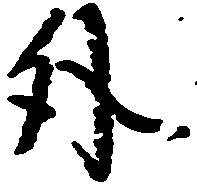
外